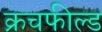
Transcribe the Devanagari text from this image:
क्रचफील्ड